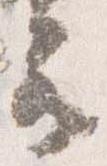
云